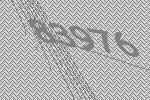
83976